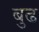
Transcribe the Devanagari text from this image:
बुढ